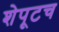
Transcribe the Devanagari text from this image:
शेपूटच